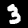
Digit: 3